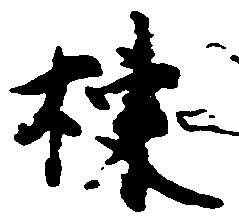
棟